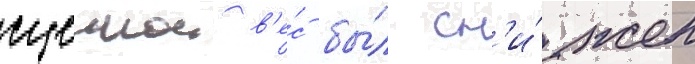
сцепнои в'е́с бы́л сн'и́жен